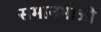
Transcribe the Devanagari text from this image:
समानभोजी